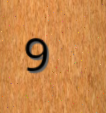
9